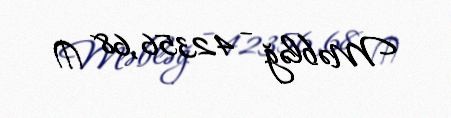
Məbləğ - 42356,68 ₼